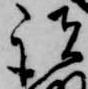
諸